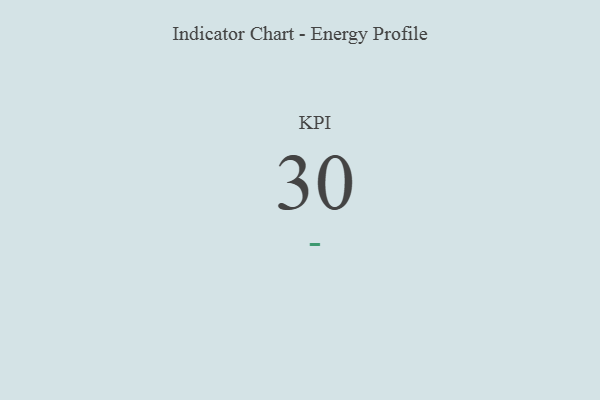
{"axis": {"x": "KPI", "y": "Value"}, "legend": [""], "data": [{"x": "KPI", "y": 30, "type": ""}]}